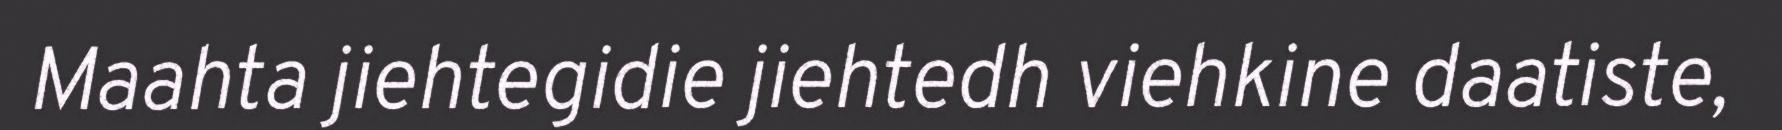
Maahta jiehtegidie jiehtedh viehkine daatiste,